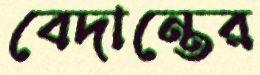
বেদান্তের